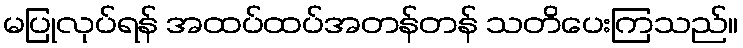
မပြုလုပ်ရန် အထပ်ထပ်အတန်တန် သတိပေးကြသည်။